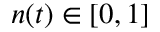
n ( t ) \in [ 0 , 1 ]